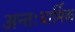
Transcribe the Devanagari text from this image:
अन्तःधार्मिक